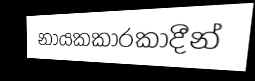
නායකකාරකාදීන්